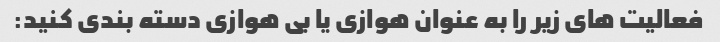
فعالیت های زیر را به عنوان هوازی یا بی هوازی دسته بندی کنید: